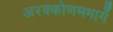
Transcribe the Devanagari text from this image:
अरक्कोणममार्गे